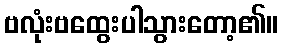
ဗလုံးဗထွေးပါသွားတော့၏။